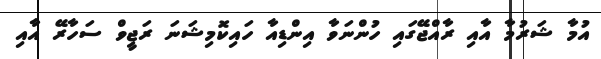
އުމާ ޝަރުމާ އާއި ރާއްޖޭގައި ހުންނަވާ އިންޑިއާ ހައިކޮމިޝަނަ ރަޖީވް ސަހާރޭ އާއި